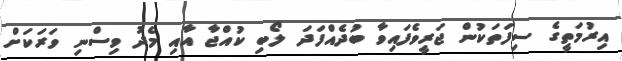
އިރުމަތީގެ ސިފަތަކުން ޖަރީވެފައިވާ ބުދެއްފަދަ ލޯބި ކުއްޖާ އާއި މެދު ވިސްނި ވަރަކަށް